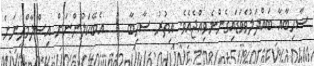
ސާހިބާއާ ބައްދަލުވެވަޑައިގެންނެވިއްޖެއެވެ. އިތުރު ސާހިބާ     އެބޭކަލުންނަށް އިސްލާމްދީނަށް